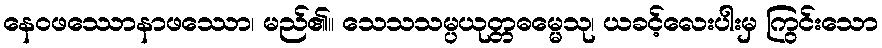
နေဝဖဿောနာဖဿော၊ မည်၏။ သေသသမ္ပယုတ္တဓမ္မေသု၊ ယခင့်လေးပါးမှ ကြွင်းသော